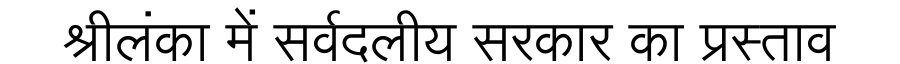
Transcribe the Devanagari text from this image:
श्रीलंका में सर्वदलीय सरकार का प्रस्ताव